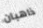
ذاهبان